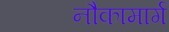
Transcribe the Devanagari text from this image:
नौकामार्ग